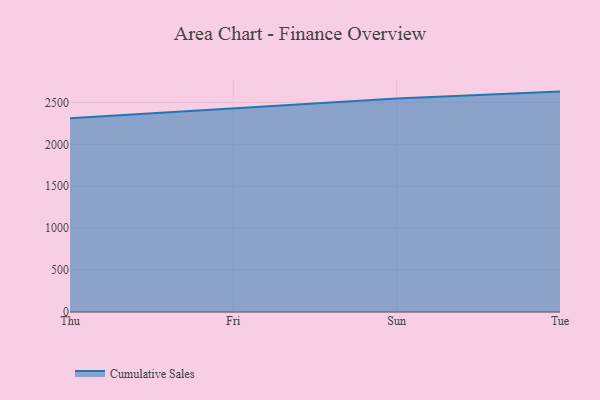
{"axis": {"x": "Day", "y": "Humidity (%)"}, "legend": ["Cumulative Sales"], "data": [{"x": "Thu", "y": 2311.3, "type": "Cumulative Sales"}, {"x": "Fri", "y": 2428.4, "type": "Cumulative Sales"}, {"x": "Sun", "y": 2546.5, "type": "Cumulative Sales"}, {"x": "Tue", "y": 2629.4, "type": "Cumulative Sales"}]}